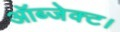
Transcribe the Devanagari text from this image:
ऑब्जेक्ट।